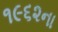
૧૯૬૨ના